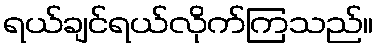
ရယ်ချင်ရယ်လိုက်ကြသည်။